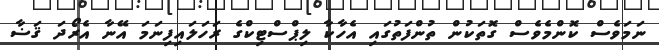
ނަމަވެސް ކޮންމެވެސް ގޮތަކުން ތުންފަތުގައި އެހާކާ ލިޕްސްޓިކްގެ ރަހަލައިފިނަމަ އޭނާ އެރޯދަ ޤަޟާ